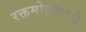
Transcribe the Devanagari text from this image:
रक्तमोक्षणाचे